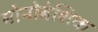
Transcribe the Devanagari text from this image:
मोनोबेशिक